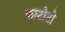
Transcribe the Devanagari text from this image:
फाटोटो